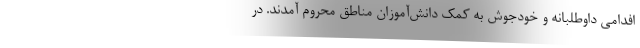
افدامی داوطلبانه و خودجوش به کمک دانش‌آموزان مناطق محروم آمدند. در